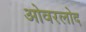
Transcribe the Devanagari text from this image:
ओवरलोद